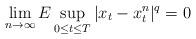
LaTeX: \begin{align*}\lim_{n \rightarrow \infty}E \sup_{0 \leq t \leq T}|x_t-x_t^n|^q =0\end{align*}